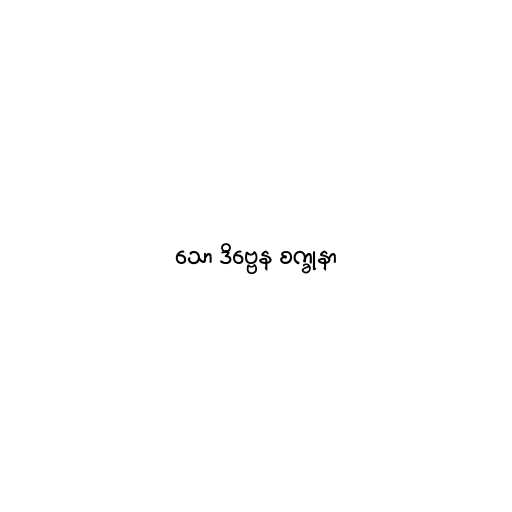
သော ဒိဗ္ဗေန စက္ခုနာ